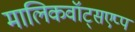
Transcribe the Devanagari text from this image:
मालिकवॉट्सएप्प